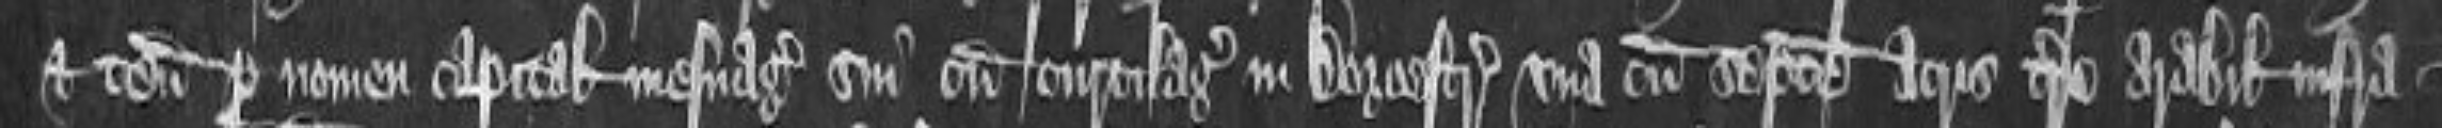
et tenementa per nomen capitalis manuagii sui cum curtilagio in Dorcestre una cum septem acris terre arabilis infra